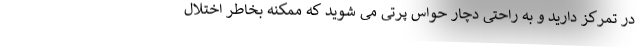
در تمرکز دارید و به راحتی دچار حواس پرتی می شوید که ممکنه بخاطر اختلال